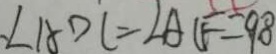
\angle A D C = \angle A C F = 9 8